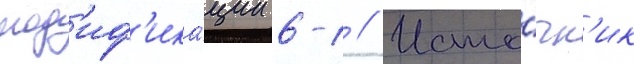
мод'иф'ика́ции 6-1 // Исто́чн'ик